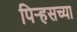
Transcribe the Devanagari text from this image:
पिर्‍हसच्या